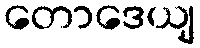
တောဒေယျ